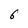
Character: 6